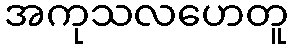
အကုသလဟေတူ